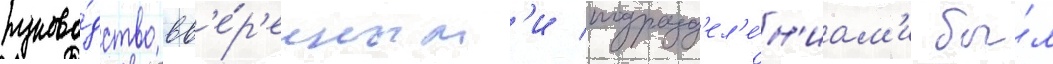
руково́дство вв'е́р'енным'и подразд'ел'е́н'иам'и бы́л